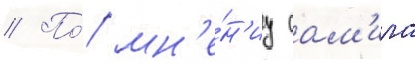
// По́ мн'е́н'иу сам'ира